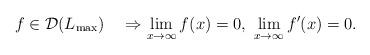
LaTeX: \begin{align*}f\in\mathcal{D}(L_{\max})\quad\Rightarrow \lim_{x\to\infty}f(x)=0,\ \lim_{x\to\infty}f'(x)=0. \end{align*}